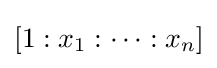
[1:x_{1}:\dots :x_{n}]